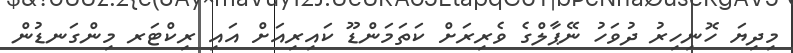
މިދިޔަ ހޮނިހިރު ދުވަހު ނޭޕާލްގެ ވެރިރަށް ކަތަމަންޑޫ ކައިރިއަށް އައި ރިކްޓަރ މިންގަނޑުން